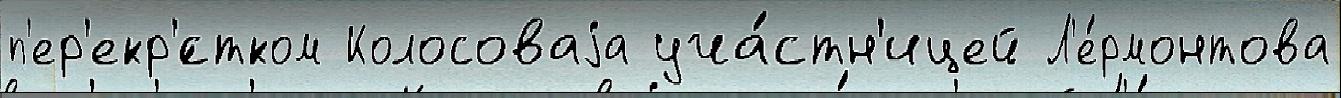
п'ер'екр'́стком Колосоваjа уча́стн'ицей Л'е́рмонтова